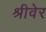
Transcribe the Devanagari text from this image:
श्रीवेर